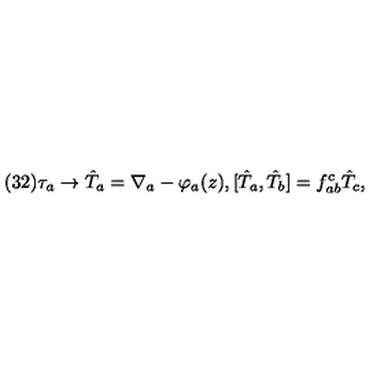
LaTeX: ( 3 2 ) \tau _ { a } \to \hat { T } _ { a } = \nabla _ { a } - \varphi _ { a } ( z ) , [ \hat { T } _ { a } , \hat { T } _ { b } ] = f _ { a b } ^ { c } \hat { T } _ { c } ,